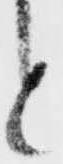
と